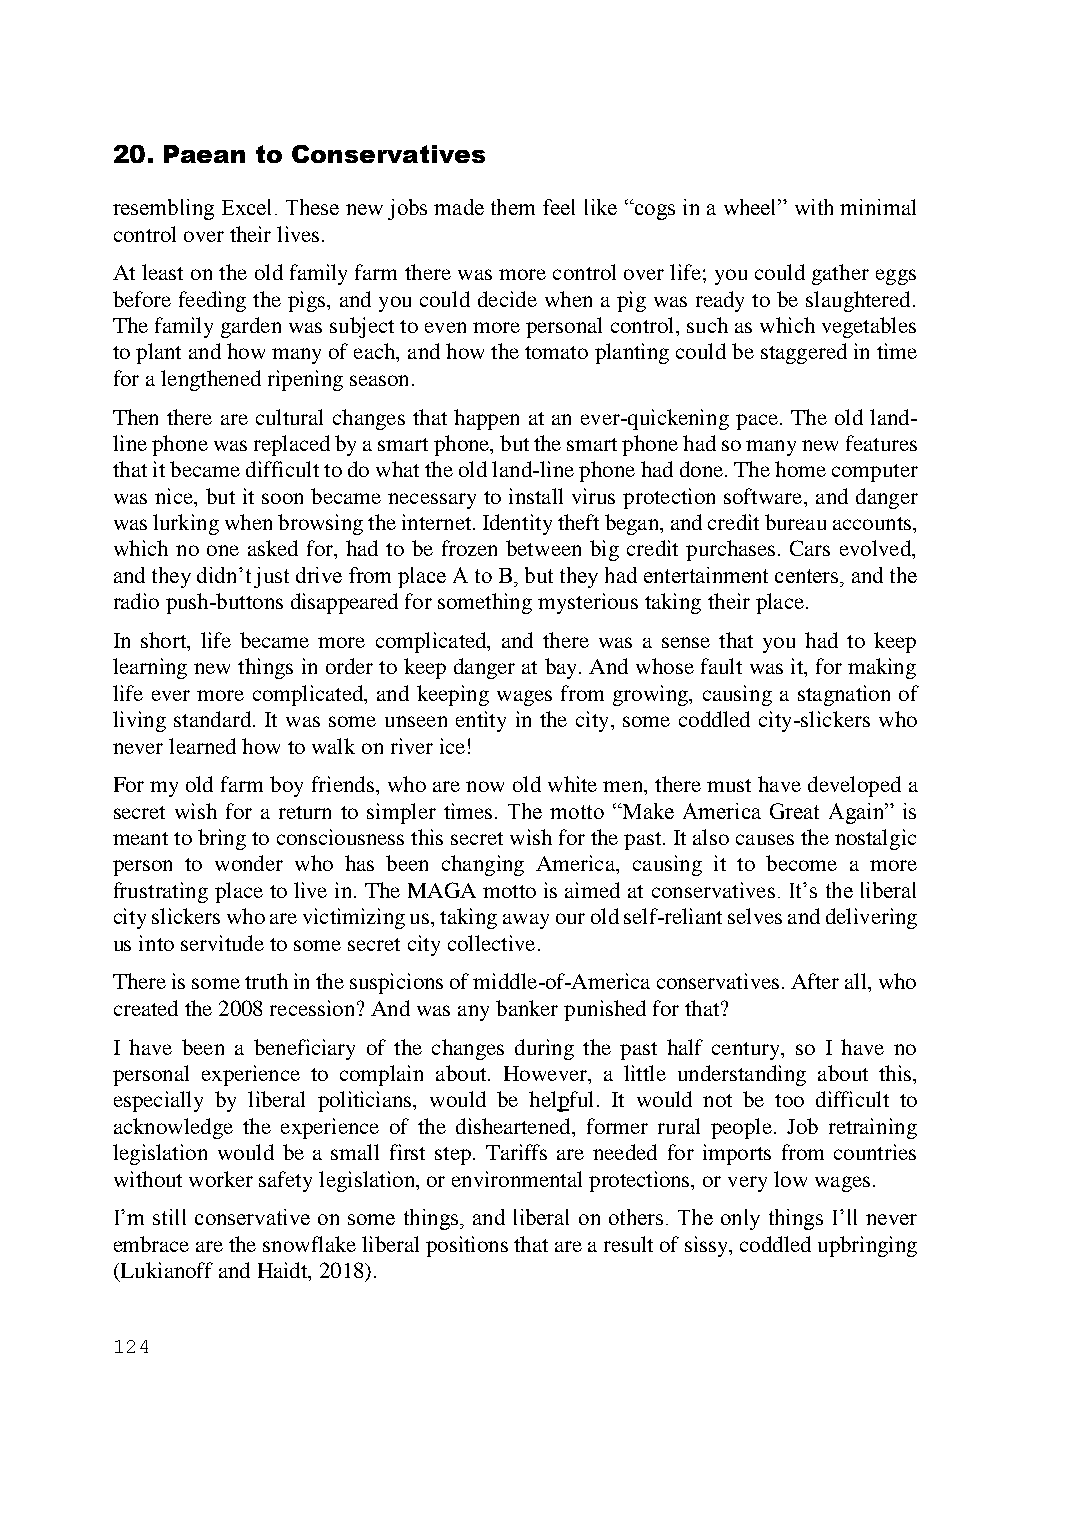
20. Paean to Conservatives
 resembling Excel. These new jobs made them feel like “cogs in a wheel” with minimal
 control over their lives.
 At least on the old family farm there was more control over life; you could gather eggs
 before feeding the pigs, and you could decide when a pig was ready to be slaughtered.
 The family garden was subject to even more personal control, such as which vegetables
 to plant and how many of each, and how the tomato planting could be staggered in time
 for a lengthened ripening season.
 Then there are cultural changes that happen at an ever-quickening pace. The old land-
 line phone was replaced by a smart phone, but the smart phone had so many new features
 that it became difficult to do what the old land-line phone had done. The home computer
 was nice, but it soon became necessary to install virus protection software, and danger
 was lurking when browsing the internet. Identity theft began, and credit bureau accounts,
 which no one asked for, had to be frozen between big credit purchases. Cars evolved,
 and they didn’t just drive from place A to B, but they had entertainment centers, and the
 radio push-buttons disappeared for something mysterious taking their place.
 In short, life became more complicated, and there was a sense that you had to keep
 learning new things in order to keep danger at bay. And whose fault was it, for making
 life ever more complicated, and keeping wages from growing, causing a stagnation of
 living standard. It was some unseen entity in the city, some coddled city-slickers who
 never learned how to walk on river ice!
 For my old farm boy friends, who are now old white men, there must have developed a
 secret wish for a return to simpler times. The motto “Make America Great Again” is
 meant to bring to consciousness this secret wish for the past. It also causes the nostalgic
 person to wonder who has been changing America, causing it to become a more
 frustrating place to live in. The MAGA motto is aimed at conservatives. It’s the liberal
 city slickers who are victimizing us, taking away our old self-reliant selves and delivering
 us into servitude to some secret city collective.
 There is some truth in the suspicions of middle-of-America conservatives. After all, who
 created the 2008 recession? And was any banker punished for that?
 I have been a beneficiary of the changes during the past half century, so I have no
 personal experience to complain about. However, a little understanding about this,
 especially by liberal politicians, would be helpful. It would not be too difficult to
 acknowledge the experience of the disheartened, former rural people. Job retraining
 legislation would be a small first step. Tariffs are needed for imports from countries
 without worker safety legislation, or environmental protections, or very low wages.
 I’m still conservative on some things, and liberal on others. The only things I’ll never
 embrace are the snowflake liberal positions that are a result of sissy, coddled upbringing
 (Lukianoff and Haidt, 2018).
 124